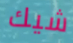
شيك